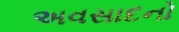
અવસાદનો